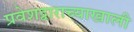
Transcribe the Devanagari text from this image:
प्रवेशद्वाराच्याखाली